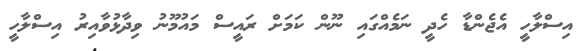
އިސްލާހީ އެޖެންޑާ ހެދީ ނަމެއްގައި ނޫން ކަމަށް ރައީސް މައުމޫނު ވިދާޅުވާއިރު އިސްލާހީ